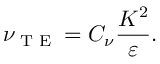
\nu _ { \textrm { T E } } = C _ { \nu } \frac { K ^ { 2 } } { \varepsilon } .